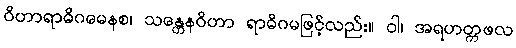
ဝိဟာရာဓိဂမေနစ၊ သန္တေနဝိဟာ ရာဓိဂမဖြင့်လည်း။ ဝါ၊ အရဟတ္ကဖလ